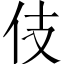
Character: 伎